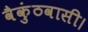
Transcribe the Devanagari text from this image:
वैकुंठवासी।